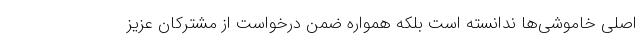
اصلی خاموشی‌ها ندانسته است بلکه همواره ضمن درخواست از مشترکان عزیز